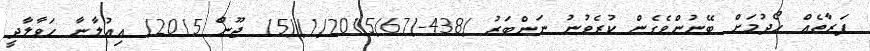
ފަރާތެއް ހޯދުމަށް ބޭނުންވެގެން ކުރެވުނު ނަންބަރު )438-/1/2015/67)(15 ޖޫން 2015) އިޢުލާނާ ހަވާލާދީ